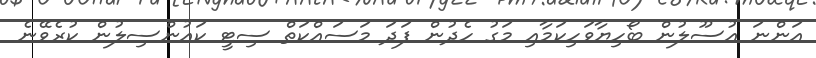
އަންނަ އުސޫލުން ބޯހިޔާވަހިކަމާއި މަގު ހެދުން ފަދަ މަސައްކަތް ސިޓީ ކައުންސިލުން ކުރެވޭނެ